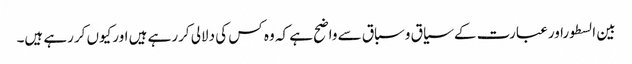
بین السطوراورعبارت کے سیاق وسباق سے واضح ہے کہ وہ کس کی دلالی کررہے ہیں اورکیوں کررہے ہیں۔